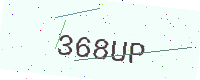
Text: 368UP